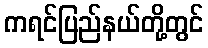
ကရင်ပြည်နယ်တို့တွင်